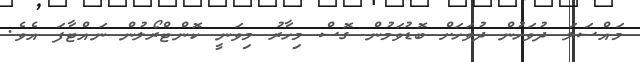
މައްސަލަ ދުވަހުން ދުވަހަށް ބޮޑުވަމުން ގޮސް މިހާރު މިވަނީ ކޮންޓްރޯލުން ނައްޓާފަ އެވެ.